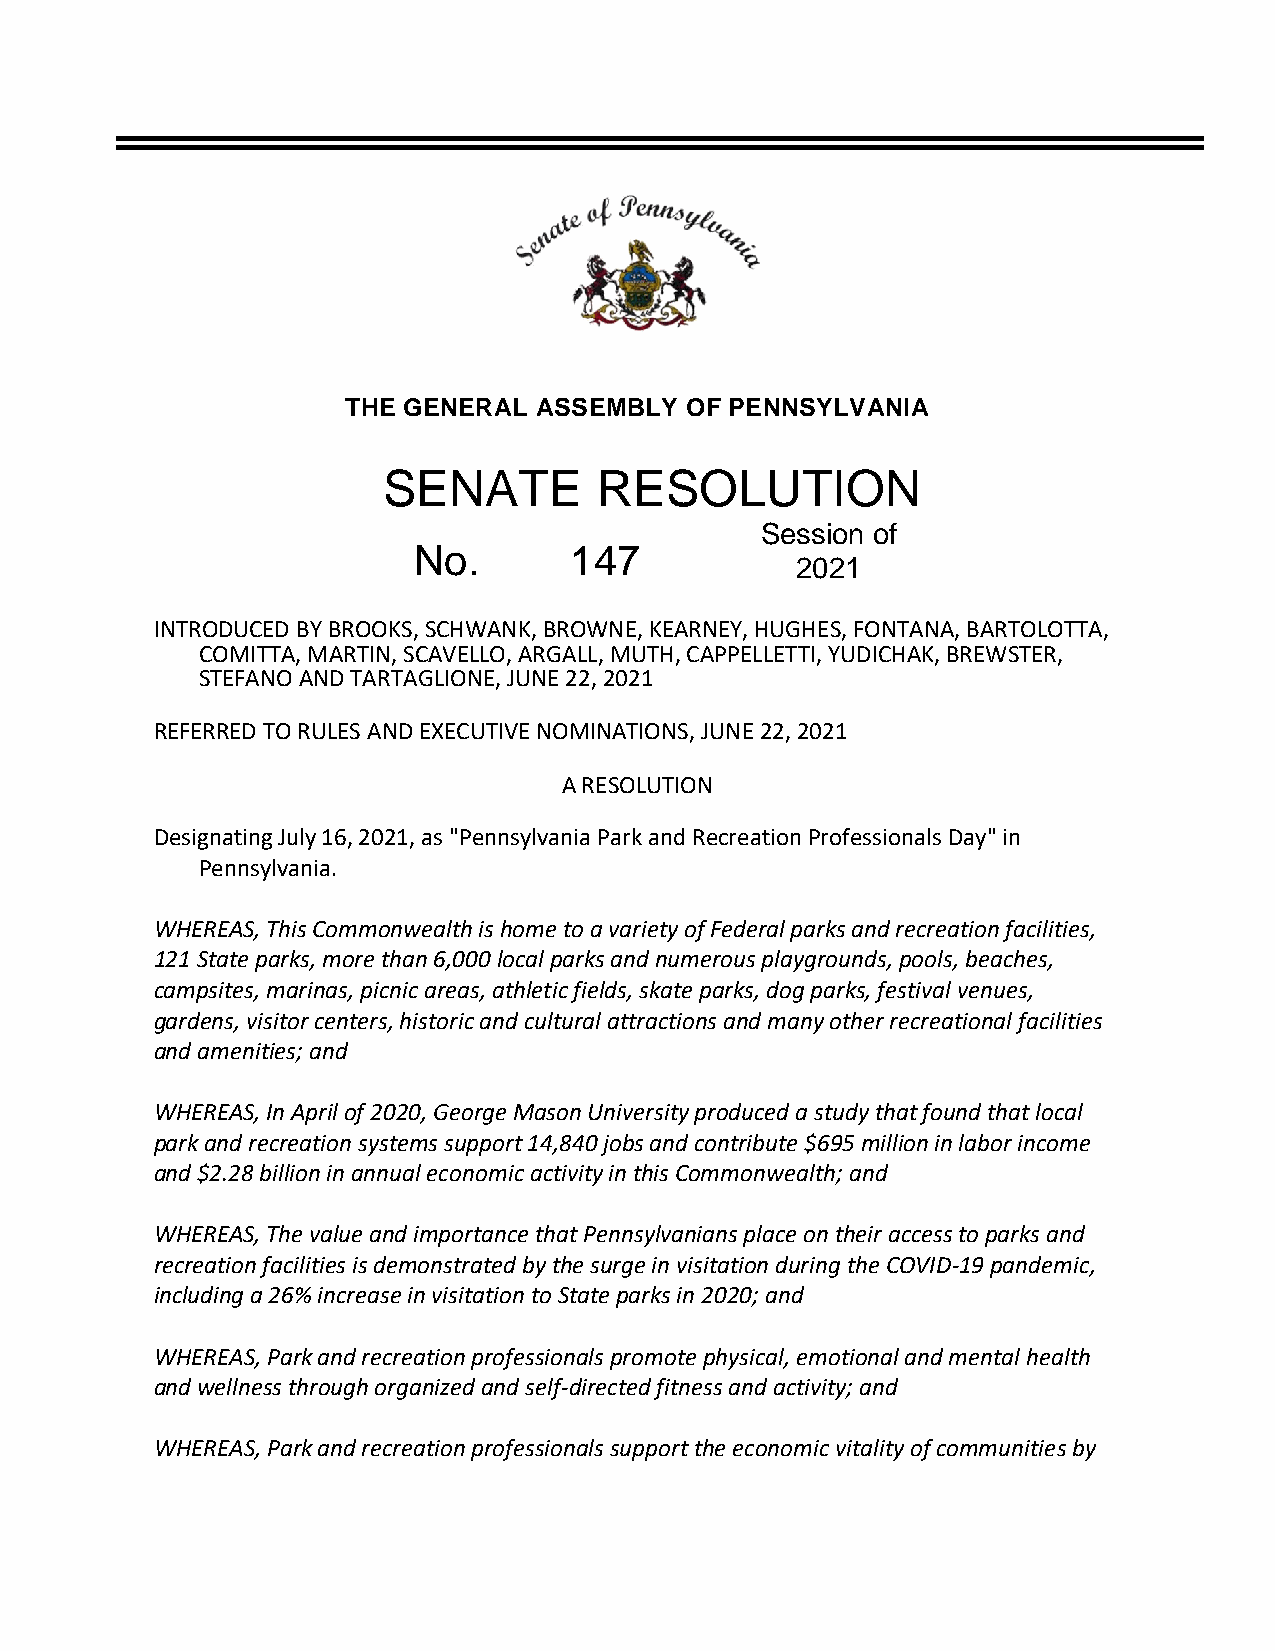
THE GENERAL  ASSEMBLY OF PENNSYLVANIA
 SENATE        RESOLUTION
 Session of
 No.        147
 2021
 INTRODUCED BY BROOKS, SCHWANK, BROWNE, KEARNEY, HUGHES, FONTANA, BARTOLOTTA,
 COMITTA, MARTIN, SCAVELLO, ARGALL, MUTH, CAPPELLETTI, YUDICHAK, BREWSTER,
 STEFANO AND TARTAGLIONE, JUNE 22, 2021
 REFERRED TO RULES AND EXECUTIVE NOMINATIONS, JUNE 22, 2021
 A RESOLUTION
 Designating July 16, 2021, as "Pennsylvania Park and Recreation Professionals Day" in
 Pennsylvania.
 WHEREAS, This Commonwealth is home to a variety of Federal parks and recreation facilities,
 121 State parks, more than 6,000 local parks and numerous playgrounds, pools, beaches,
 campsites, marinas, picnic areas, athletic fields, skate parks, dog parks, festival venues,
 gardens, visitor centers, historic and cultural attractions and many other recreational facilities
 and amenities; and
 WHEREAS, In April of 2020, George Mason University produced a study that found that local
 park and recreation systems support 14,840 jobs and contribute $695 million in labor income
 and $2.28 billion in annual economic activity in this Commonwealth; and
 WHEREAS, The value and importance that Pennsylvanians place on their access to parks and
 recreation facilities is demonstrated by the surge in visitation during the COVID-19 pandemic,
 including a 26% increase in visitation to State parks in 2020; and
 WHEREAS, Park and recreation professionals promote physical, emotional and mental health
 and wellness through organized and self-directed fitness and activity; and
 WHEREAS, Park and recreation professionals support the economic vitality of communities by